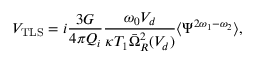
V _ { \mathrm { T L S } } = i \frac { 3 G } { 4 \pi Q _ { i } } \frac { \omega _ { 0 } V _ { d } } { \kappa T _ { 1 } \bar { \Omega } _ { R } ^ { 2 } ( V _ { d } ) } \langle \Psi ^ { 2 \omega _ { 1 } - \omega _ { 2 } } \rangle ,